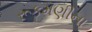
રૂકમણીના